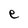
Character: e